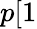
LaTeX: p[1